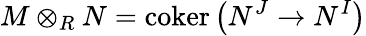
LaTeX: M\otimes_{R}N=\operatorname{coker}\left(N^{J}\to N^{I}\right)